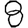
Digit: 8